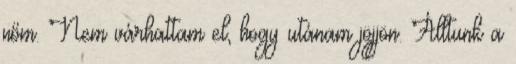
nőm. Nem várhattam el, hogy utánam jöjjön. Álltunk a